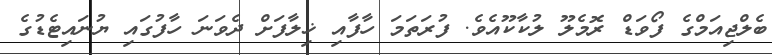
ބެލްޖިއަމްގެ ފޯވަޑް ރޮމެލޫ ލުކާކޫއެވެ. ފުރަތަމަ ހާފާއި ޚިލާފަށް ދެވަނަ ހާފުގައި ޔުނައިޓެޑުގެ